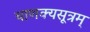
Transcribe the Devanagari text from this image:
चाणक्यसूत्रम्